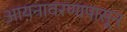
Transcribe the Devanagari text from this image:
आयनावरणापासून